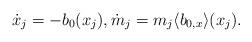
LaTeX: \begin{align*}\dot x_j=-b_0(x_j), \dot m_j=m_j \langle b_{0,x} \rangle (x_j). \end{align*}